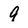
Character: 9